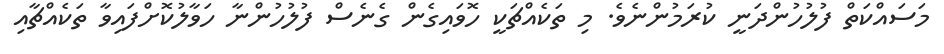
މަސައްކަތް ފުލުހުންދަނީ ކުރަމުންނެވެ. މި ތަކެއްޗަކީ ހޮވައިގެން ގެނެސް ފުލުހުންނާ ހަވާލުކޮށްފައިވާ ތަކެއްޗާއި